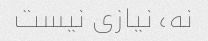
نه، نیازی نیست